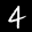
Label: 4